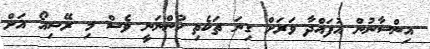
އިންސާނުން އުފައްދާ ވަރަށް ގިނަ ތަކެތި ހުންނަނީ ވެސް މި ރޭޝިއޯ އަށް